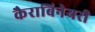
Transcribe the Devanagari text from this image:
कैराबिनेयरी